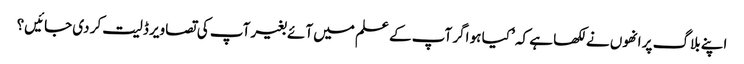
اپنے بلاگ پر انھوں نے لکھا ہے کہ ’ کیا ہو اگر آپ کے علم میں آئے بغیر آپ کی تصاویر ڈلیت کر دی جائیں؟